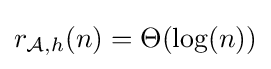
r_{{\mathcal {A}},h}(n)=\Theta (\log(n))